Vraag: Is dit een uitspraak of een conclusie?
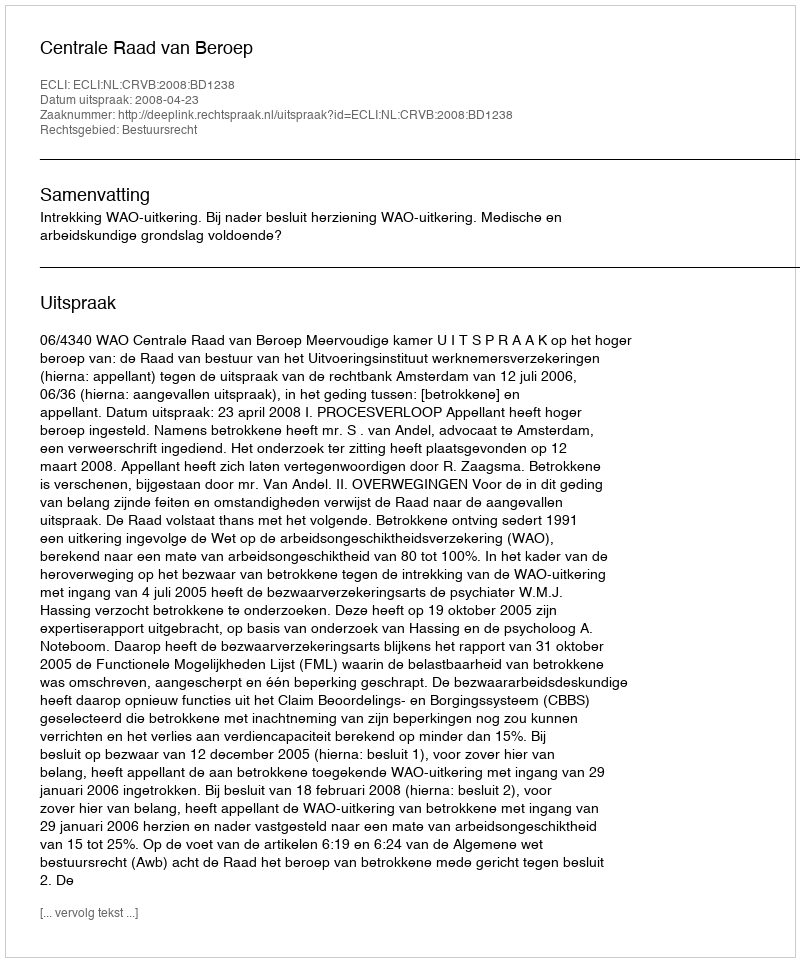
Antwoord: Uitspraak